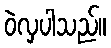
ဝဲလှပါသည်။